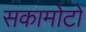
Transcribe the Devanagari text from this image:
सकामोटो